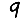
Digit: 9